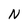
Character: N